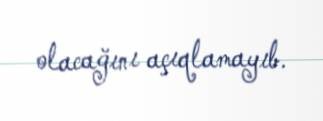
olacağını açıqlamayıb.